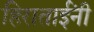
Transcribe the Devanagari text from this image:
हिराताईंनी